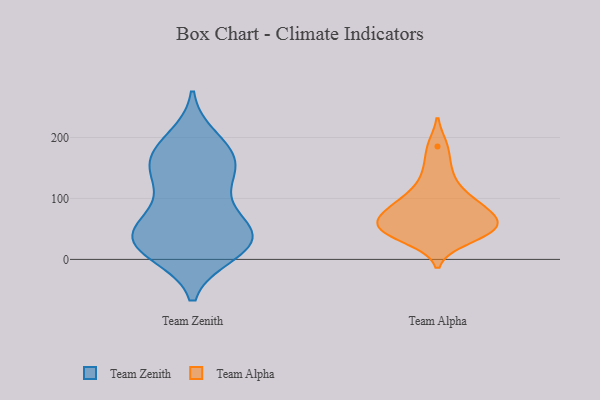
{"axis": {"x": "Production Output", "y": "Value"}, "legend": ["Team Alpha", "Team Zenith"], "data": [{"x": "", "y": 11, "type": "Team Zenith"}, {"x": "", "y": 152, "type": "Team Zenith"}, {"x": "", "y": 167, "type": "Team Zenith"}, {"x": "", "y": 63, "type": "Team Zenith"}, {"x": "", "y": 54, "type": "Team Zenith"}, {"x": "", "y": 59, "type": "Team Zenith"}, {"x": "", "y": 34, "type": "Team Zenith"}, {"x": "", "y": 28, "type": "Team Zenith"}, {"x": "", "y": 35, "type": "Team Zenith"}, {"x": "", "y": 145, "type": "Team Zenith"}, {"x": "", "y": 197, "type": "Team Zenith"}, {"x": "", "y": 30, "type": "Team Zenith"}, {"x": "", "y": 24, "type": "Team Zenith"}, {"x": "", "y": 180, "type": "Team Zenith"}, {"x": "", "y": 130, "type": "Team Zenith"}, {"x": "", "y": 172, "type": "Team Zenith"}, {"x": "", "y": 16, "type": "Team Zenith"}, {"x": "", "y": 110, "type": "Team Zenith"}, {"x": "", "y": 185, "type": "Team Alpha"}, {"x": "", "y": 147, "type": "Team Alpha"}, {"x": "", "y": 60, "type": "Team Alpha"}, {"x": "", "y": 70, "type": "Team Alpha"}, {"x": "", "y": 48, "type": "Team Alpha"}, {"x": "", "y": 52, "type": "Team Alpha"}, {"x": "", "y": 53, "type": "Team Alpha"}, {"x": "", "y": 33, "type": "Team Alpha"}, {"x": "", "y": 86, "type": "Team Alpha"}, {"x": "", "y": 95, "type": "Team Alpha"}, {"x": "", "y": 44, "type": "Team Alpha"}, {"x": "", "y": 85, "type": "Team Alpha"}, {"x": "", "y": 117, "type": "Team Alpha"}]}